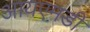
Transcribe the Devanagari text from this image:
आयएमडी